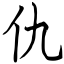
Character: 仇